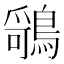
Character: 𬷤